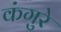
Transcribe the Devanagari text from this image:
कंगुरे